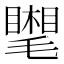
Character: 𣰧